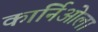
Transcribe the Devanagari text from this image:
कार्निओला